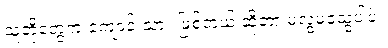
သူတို့တွေက ကျောင်းသား ဖြစ်တယ် ဆိုတာ မလွဲမသွေပါပဲ။